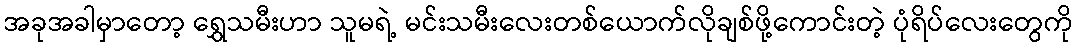
အခုအခါမှာတော့ ရွှေသမီးဟာ သူမရဲ့ မင်းသမီးလေးတစ်ယောက်လိုချစ်ဖို့ကောင်းတဲ့ ပုံရိပ်လေးတွေကို